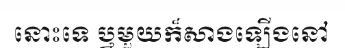
នោះទេ ឬមួយក៏សាងឡើងនៅ